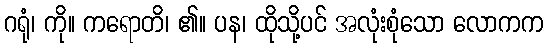
ဂရုံ၊ ကို။ ကရောတိ၊ ၏။ ပန၊ ထိုသို့ပင် အလုံးစုံသော လောကက